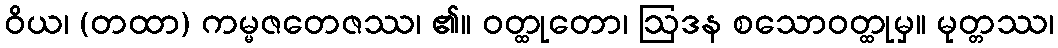
ဝိယ၊ (တထာ) ကမ္မဇတေဇဿ၊ ၏။ ဝတ္ထုတော၊ ဩဒန စသောဝတ္ထုမှ။ မုတ္တဿ၊